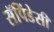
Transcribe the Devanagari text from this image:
सॅपिंडेसी